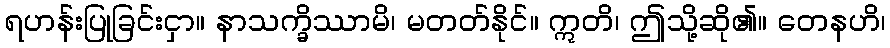
ရဟန်းပြုခြင်းငှာ။ နာသက္ခိဿာမိ၊ မတတ်နိုင်။ ဣတိ၊ ဤသို့ဆို၏။ တေနဟိ၊